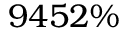
9 4 5 2 \%